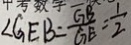
\angle G E B = \frac { G B } { G E } = \frac { 1 } { 2 }